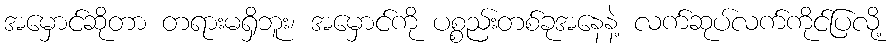
အမှောင်ဆိုတာ တရားမရှိဘူး၊ အမှောင်ကို ပစ္စည်းတစ်ခုအနေနဲ့ လက်ဆုပ်လက်ကိုင်ပြလို့